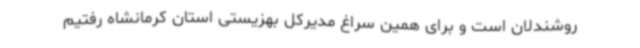
روشندلان است و برای همین سراغ مدیرکل بهزیستی استان کرمانشاه رفتیم